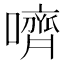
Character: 嚌